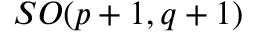
S O ( p + 1 , q + 1 )